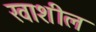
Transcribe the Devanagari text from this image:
खाशील